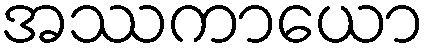
အဿကာယော